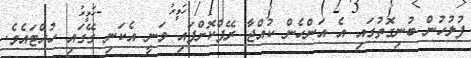
ފުލުހުން ބުނިގޮތުގައި އެ އަންހެން ކުއްޖާ ރޭޕްކޮށްފައި ވަނީ އެކަނި ގޭގައި ހުއްޓައެވެ.